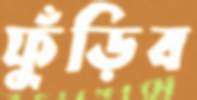
ফুঁড়িব